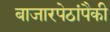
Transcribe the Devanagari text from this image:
बाजारपेठांपैकी